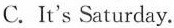
C. It's Saturday.